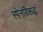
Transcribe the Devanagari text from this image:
स्पेनविरूद्ध